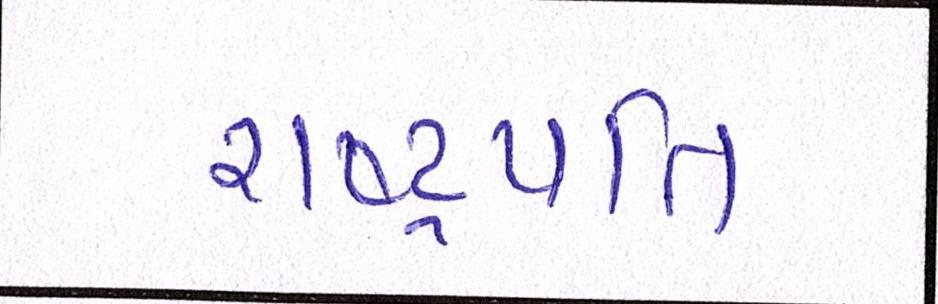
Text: રાષ્ટ્રપતિ